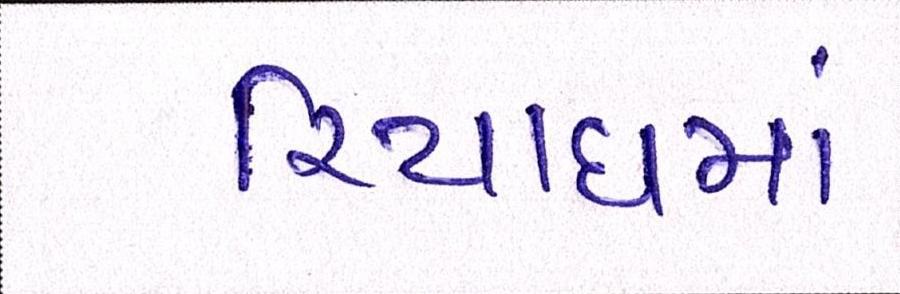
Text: રિયાધમાં